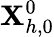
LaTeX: \mathbf{X}_{h,0}^{0}